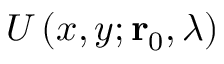
U \left( x , y ; \mathbf { r } _ { 0 } , \lambda \right)